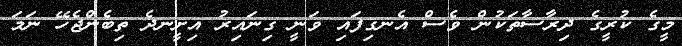
މީގެ ކުރީގެ ދިރާސާތަކުން ވެސް އެނގިފައި ވަނީ ގިނައިރު އިށީނދެ ތިބެންޖެހޭ ނަމަ